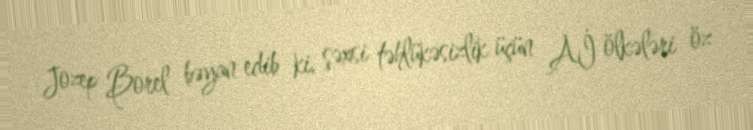
Jozep Borel bəyan edib ki, şəxsi təhlükəsizlik üçün Aİ ölkələri öz